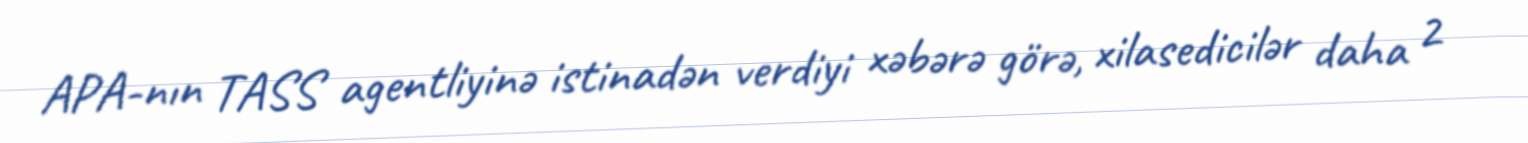
APA-nın TASS agentliyinə istinadən verdiyi xəbərə görə, xilasedicilər daha 2